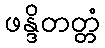
ဖန္ဒိတတ္တံ